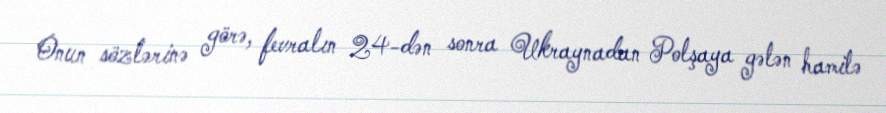
Onun sözlərinə görə, fevralın 24-dən sonra Ukraynadan Polşaya gələn hamilə